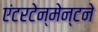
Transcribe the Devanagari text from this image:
एंटरटेन्मेन्टने